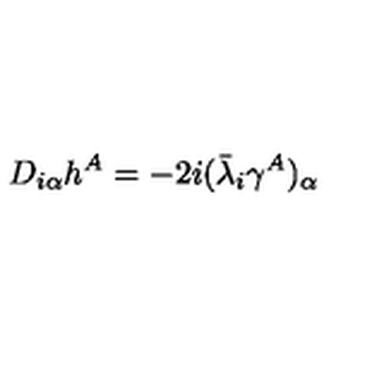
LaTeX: D _ { i \alpha } h ^ { A } = - 2 i ( \bar { \lambda } _ { i } \gamma ^ { A } ) _ { \alpha }